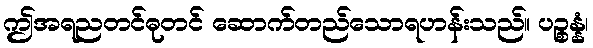
ဤအရညတင်ဓုတင် ဆောက်တည်သောရဟန်းသည်။ ပဉ္စန္နံ၊